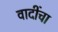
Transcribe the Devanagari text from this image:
वादींचा